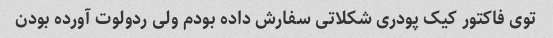
توی فاکتور کیک پودری شکلاتی سفارش داده بودم ولی ردولوت آورده بودن